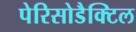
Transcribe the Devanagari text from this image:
पेरिसोडैक्टिल